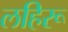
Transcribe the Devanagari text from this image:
लहिरू